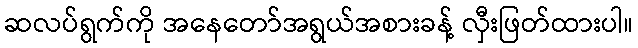
ဆလပ်ရွက်ကို အနေတော်အရွယ်အစားခန့် လှီးဖြတ်ထားပါ။